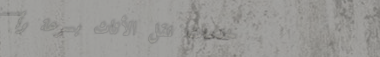
خدمات نقل الأثاث بسرعة وأ